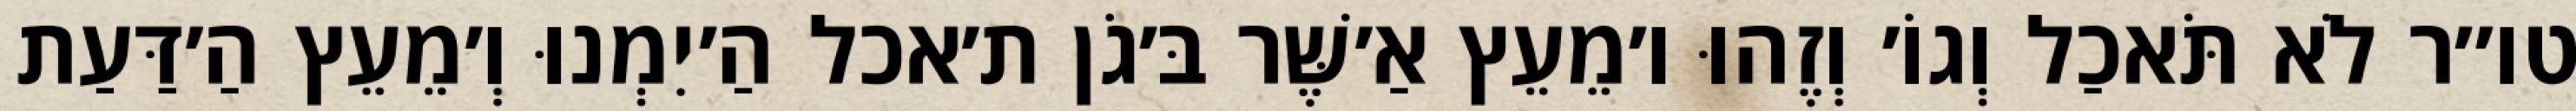
טו״ר לֹא תֹּאכַל וְגוֹ׳ וְזֶהוּ ו׳מֵעֵץ אַ׳שֶּׁר בּ׳גֹן ת׳אכל הַ׳יִמְנוּ וְ׳מֵעֵץ הַ׳דַּעַת